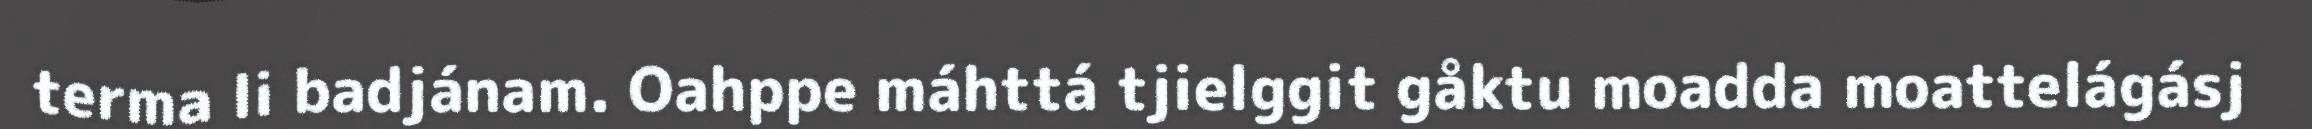
terma li badjánam. Oahppe máhttá tjielggit gåktu moadda moattelágásj